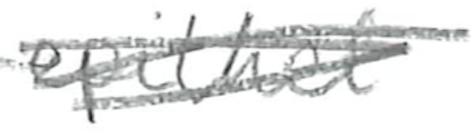
Text: epithet
Cross-out: scratch
Writing tool: pencil